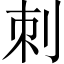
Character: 刺